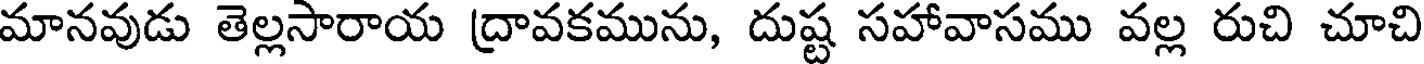
మానవుడు తెల్లసారాయ ద్రావకమును, దుష్ట సహావాసము వల్ల రుచి చూచి